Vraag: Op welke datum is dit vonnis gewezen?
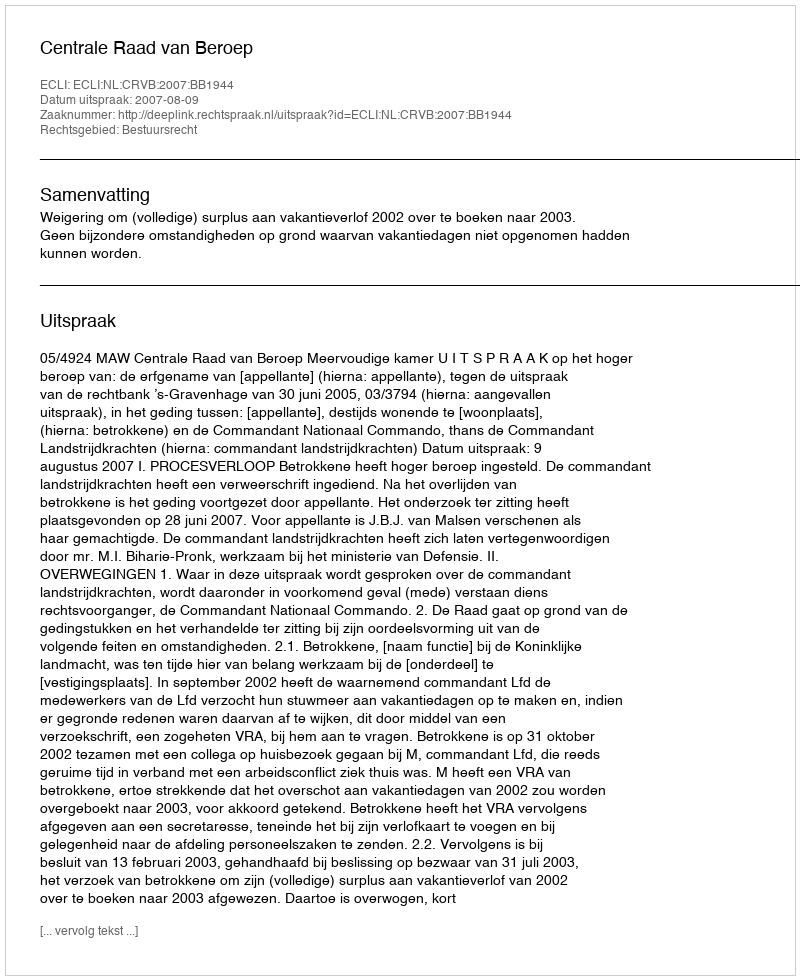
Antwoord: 2007-08-09